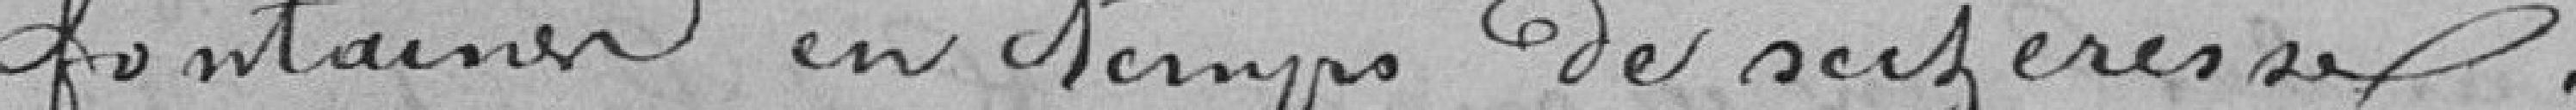
fontaines en temps de sécheresse.